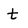
Character: t